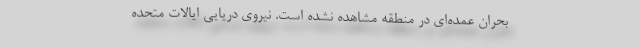
بحران عمده‌ای در منطقه مشاهده نشده است. نیروی دریایی ایالات متحده